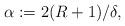
LaTeX: \begin{align*}\alpha := 2(R+1)/\delta,\end{align*}